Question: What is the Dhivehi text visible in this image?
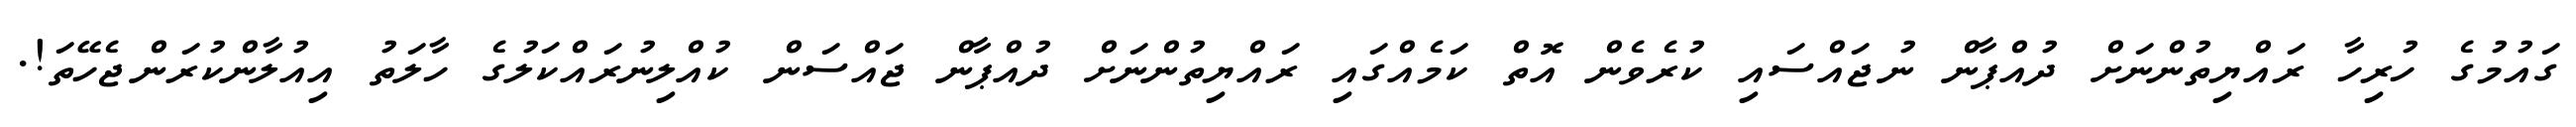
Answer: ގައުމުގެ ހުރިހާ ރައްޔިތުންނަށް ދުއްޕާން ނުޖައްސައި ކުރެވެން އޮތް ކަމެއްގައި ރައްޔިތުންނަށް ދުއްޕާން ޖައްސަން ކުއްލިނުރައްކަލުގެ ހާލަތު އިއުލާންކުރަންޖެހޭތަ!.